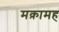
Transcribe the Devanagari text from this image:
मक़ामह